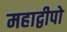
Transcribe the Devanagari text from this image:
महाद्वीपो